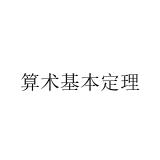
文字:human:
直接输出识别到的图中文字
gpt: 算术基本定理